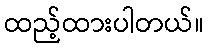
ထည့်ထားပါတယ်။